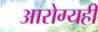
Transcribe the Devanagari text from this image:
आरोग्यही